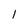
Character: 1